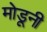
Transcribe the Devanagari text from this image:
मोडूनी